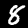
Label: 8